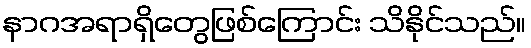
နာဂအရာရှိတွေဖြစ်ကြောင်း သိနိုင်သည်။